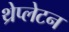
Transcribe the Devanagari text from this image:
थ्रेप्लेटन